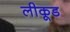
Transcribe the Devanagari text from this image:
लीकूड